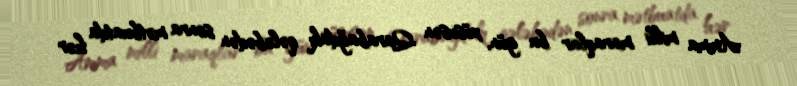
Amma milli maraqlar bu gün, xüsusən Qarabağdakı qələbədən sonra mətbuatda hər